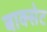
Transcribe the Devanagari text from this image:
बाक्सेट